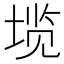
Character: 𱗏